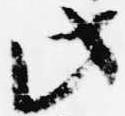
此